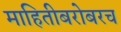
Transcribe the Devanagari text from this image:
माहितीबरोबरच